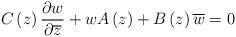
LaTeX: \begin{align*} C\left( z \right)\frac{\partial w}{\partial \overline{z}}+wA\left( z \right)+B\left( z \right)\overline{w}=0\end{align*}